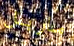
ماربل